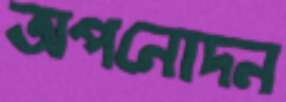
অপনোদন